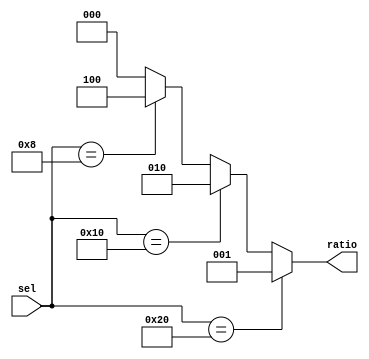
`timescale 1ns / 1ps

module mux_prescale(
    input  [5:0]  sel ,
    output  [2:0] ratio
    );
    
    assign ratio = (sel == 32)? 1:((sel==16)? 2:((sel==8)? 4:0));
     
endmodule